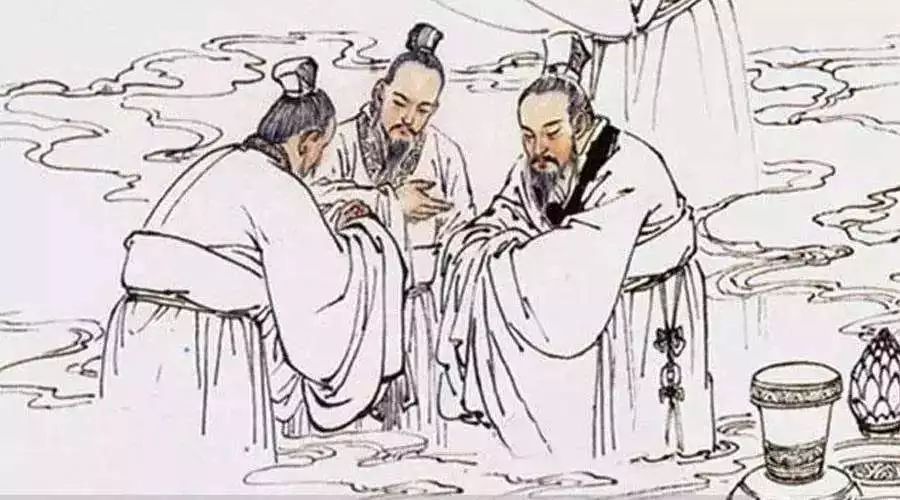
焉有君子而可以货取乎？